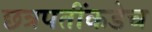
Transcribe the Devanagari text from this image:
छत्रपतींकडेच